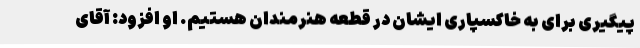
پیگیری برای به خاکسپاری ایشان در قطعه هنرمندان هستیم. او افزود: آقای